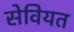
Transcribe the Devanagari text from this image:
सेवियत